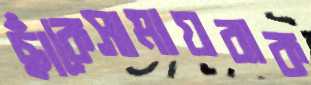
ছাঁকেসামায়রাক